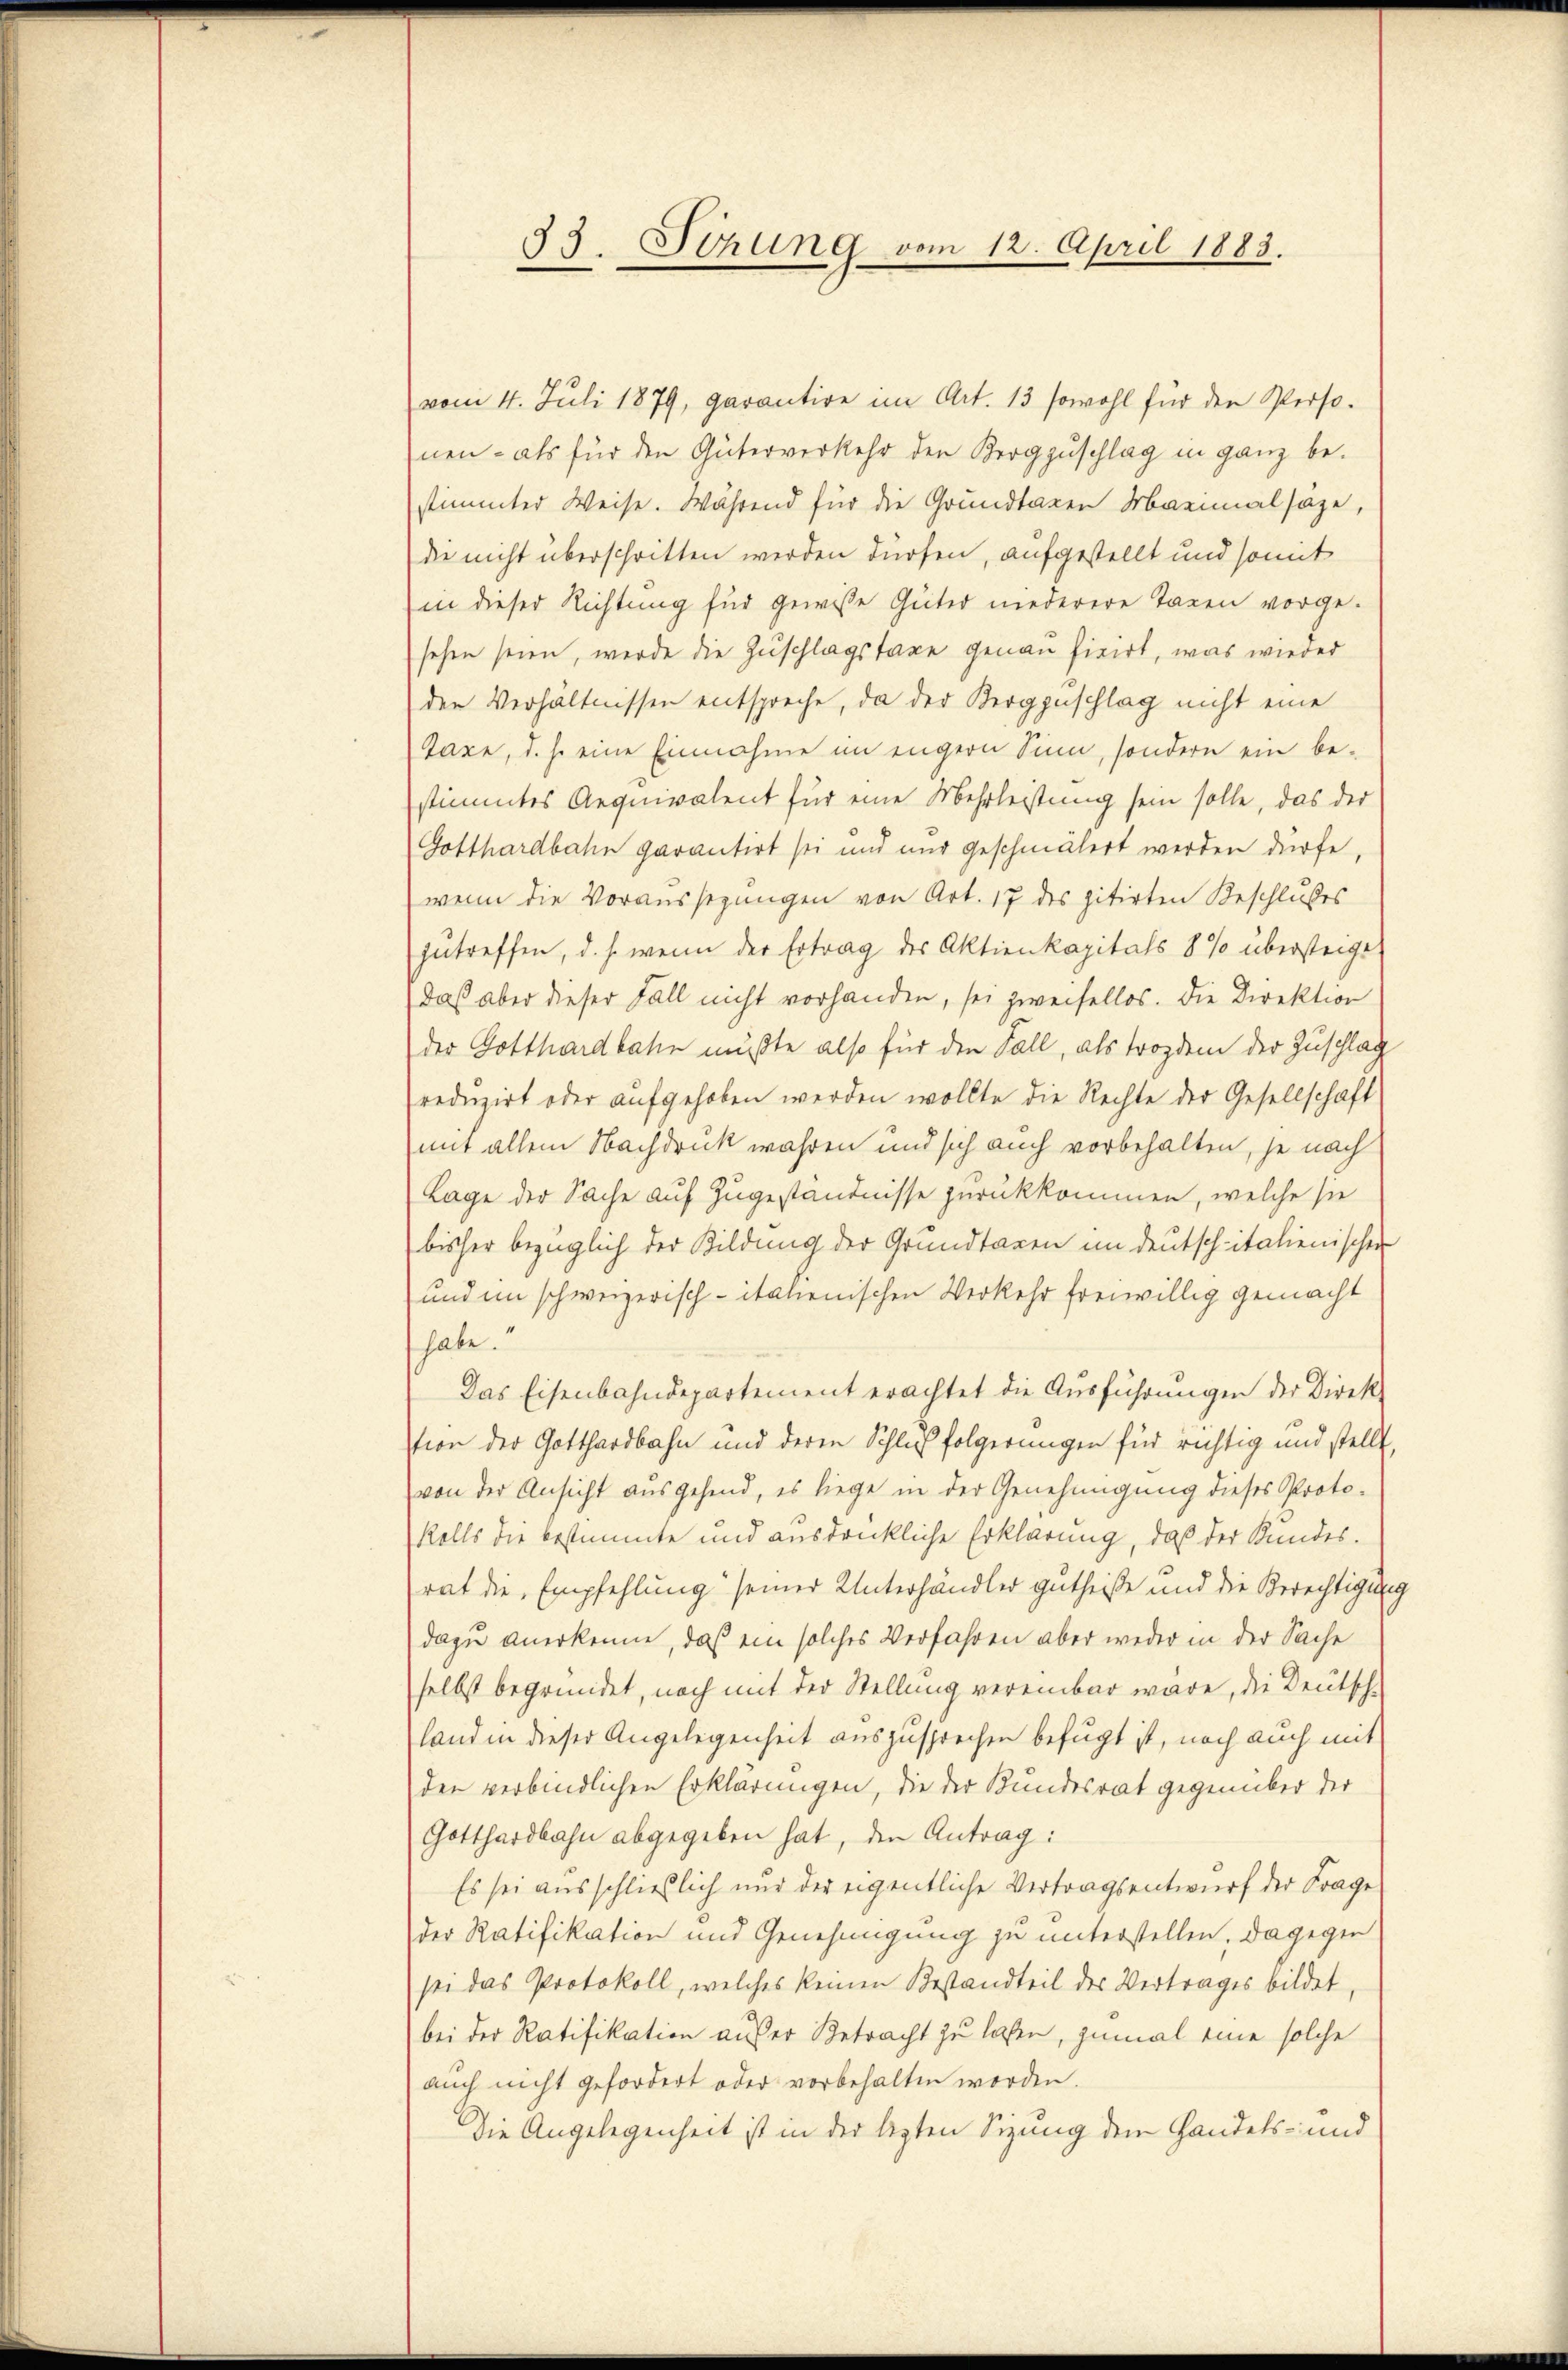
33. Sitzung vom 12. April 1883.

vom 4. Juli 1879, garantire im Art. 13 sowohl für den Personen- als für den Güterverkehr den Kergzuschlag in ganz be-
stimmter Weise. Während für die Grundtagen Marimalsäze,
die nicht überschritten werden dürfen, aufgestellt und somit
in dieser Richtung für gewisse Güter niederere Taxen vorgesehen seien, werde die Zuschlagstage genau fixirt, was wieder
der Verhältnissen entspreche, da der Berggeschlag nicht eine
Jaxe, d. h. eine Einnahme im engern Sinn, sondern ein bestimmtes Aequivalent für eine Mehrleistung sein solle, das der
Gotthardbahn garantirt sei und nur geschmälert werden dürfe,
wenn die Voraussezungen von Art. 17 des zitirten Beschlußes
zutreffen, d. s. wenn der Ertrag des Aktienkapitals 8 % übersteige
daß aber dieser Fall nicht vorhanden, sei zweifellos. Die Direktion
der Gotthardbahn müßte also für den Fall, als trozdem der Zuschlag
reduzirt oder aufgehoben werden wollte die Rechte der Gesellschaft
mit allem Nachdruck wahren und sich auch vorbehalten, je nach
Lage der Sache auf Zugeständnisse zurückkommen, welche sie
bisher bezüglich der Bildung der Grundtagen im deutsch italienischen
und im schweizerisch-italienischen Verkehr freiwillig gemacht
habe.
Das Eisenbahndepartement erachtet die Ausführungen der Direktion der Gotthardbahn und deren Schlußfolgerungen für richtig und stellt,
von der Ansicht ausgehend, es liege in der Genehmigung dieses Proto-
Rolls die bestimmte und ausdrückliche Erklärung, daß der Kundesrat die Empfehlung seiner Unterhändler gutheiße und die Berechtigung
dazu anerkenne, daß ein solches Verfahren aber weder in der Sache
selbst begründet, noch mit der Stellung vereinbar wäre, die Deutsch-
land in dieser Angelegenheit auszusprechen befugt ist, noch auch mit
den verbindlichen Erklärungen, die der Bundesrat gegenüber der
Gotthardbahn abgegeben hat, den Antrag:
Es sei ausschließlich nur der eigentliche Vertragsentwurf der Frage
der Ratifikation und Genehmigung zu unterstellen, dagegen
sei das Protokoll, welches keinen Bestandteil des Vertrages bildet,
bei der Ratifikation außer Betracht zu laßen, zumal eine solche
auch nicht gefordert oder vorbehalten worden.
Die Angelegenheit ist in der lezten Sizung dem Handels- und